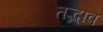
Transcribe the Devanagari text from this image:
तद्भाव